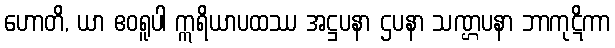
ဟောတိ, ယာ ဧဝရူပါ ဣရိယာပထဿ အဋ္ဌပနာ ဌပနာ သဏ္ဌပနာ ဘာကုဋိကာ